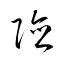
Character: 険